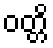
ဝတ္တိ